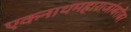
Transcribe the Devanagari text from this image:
एकनाथमहाराजांबरोबर